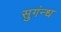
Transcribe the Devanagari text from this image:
सुगंन्ध